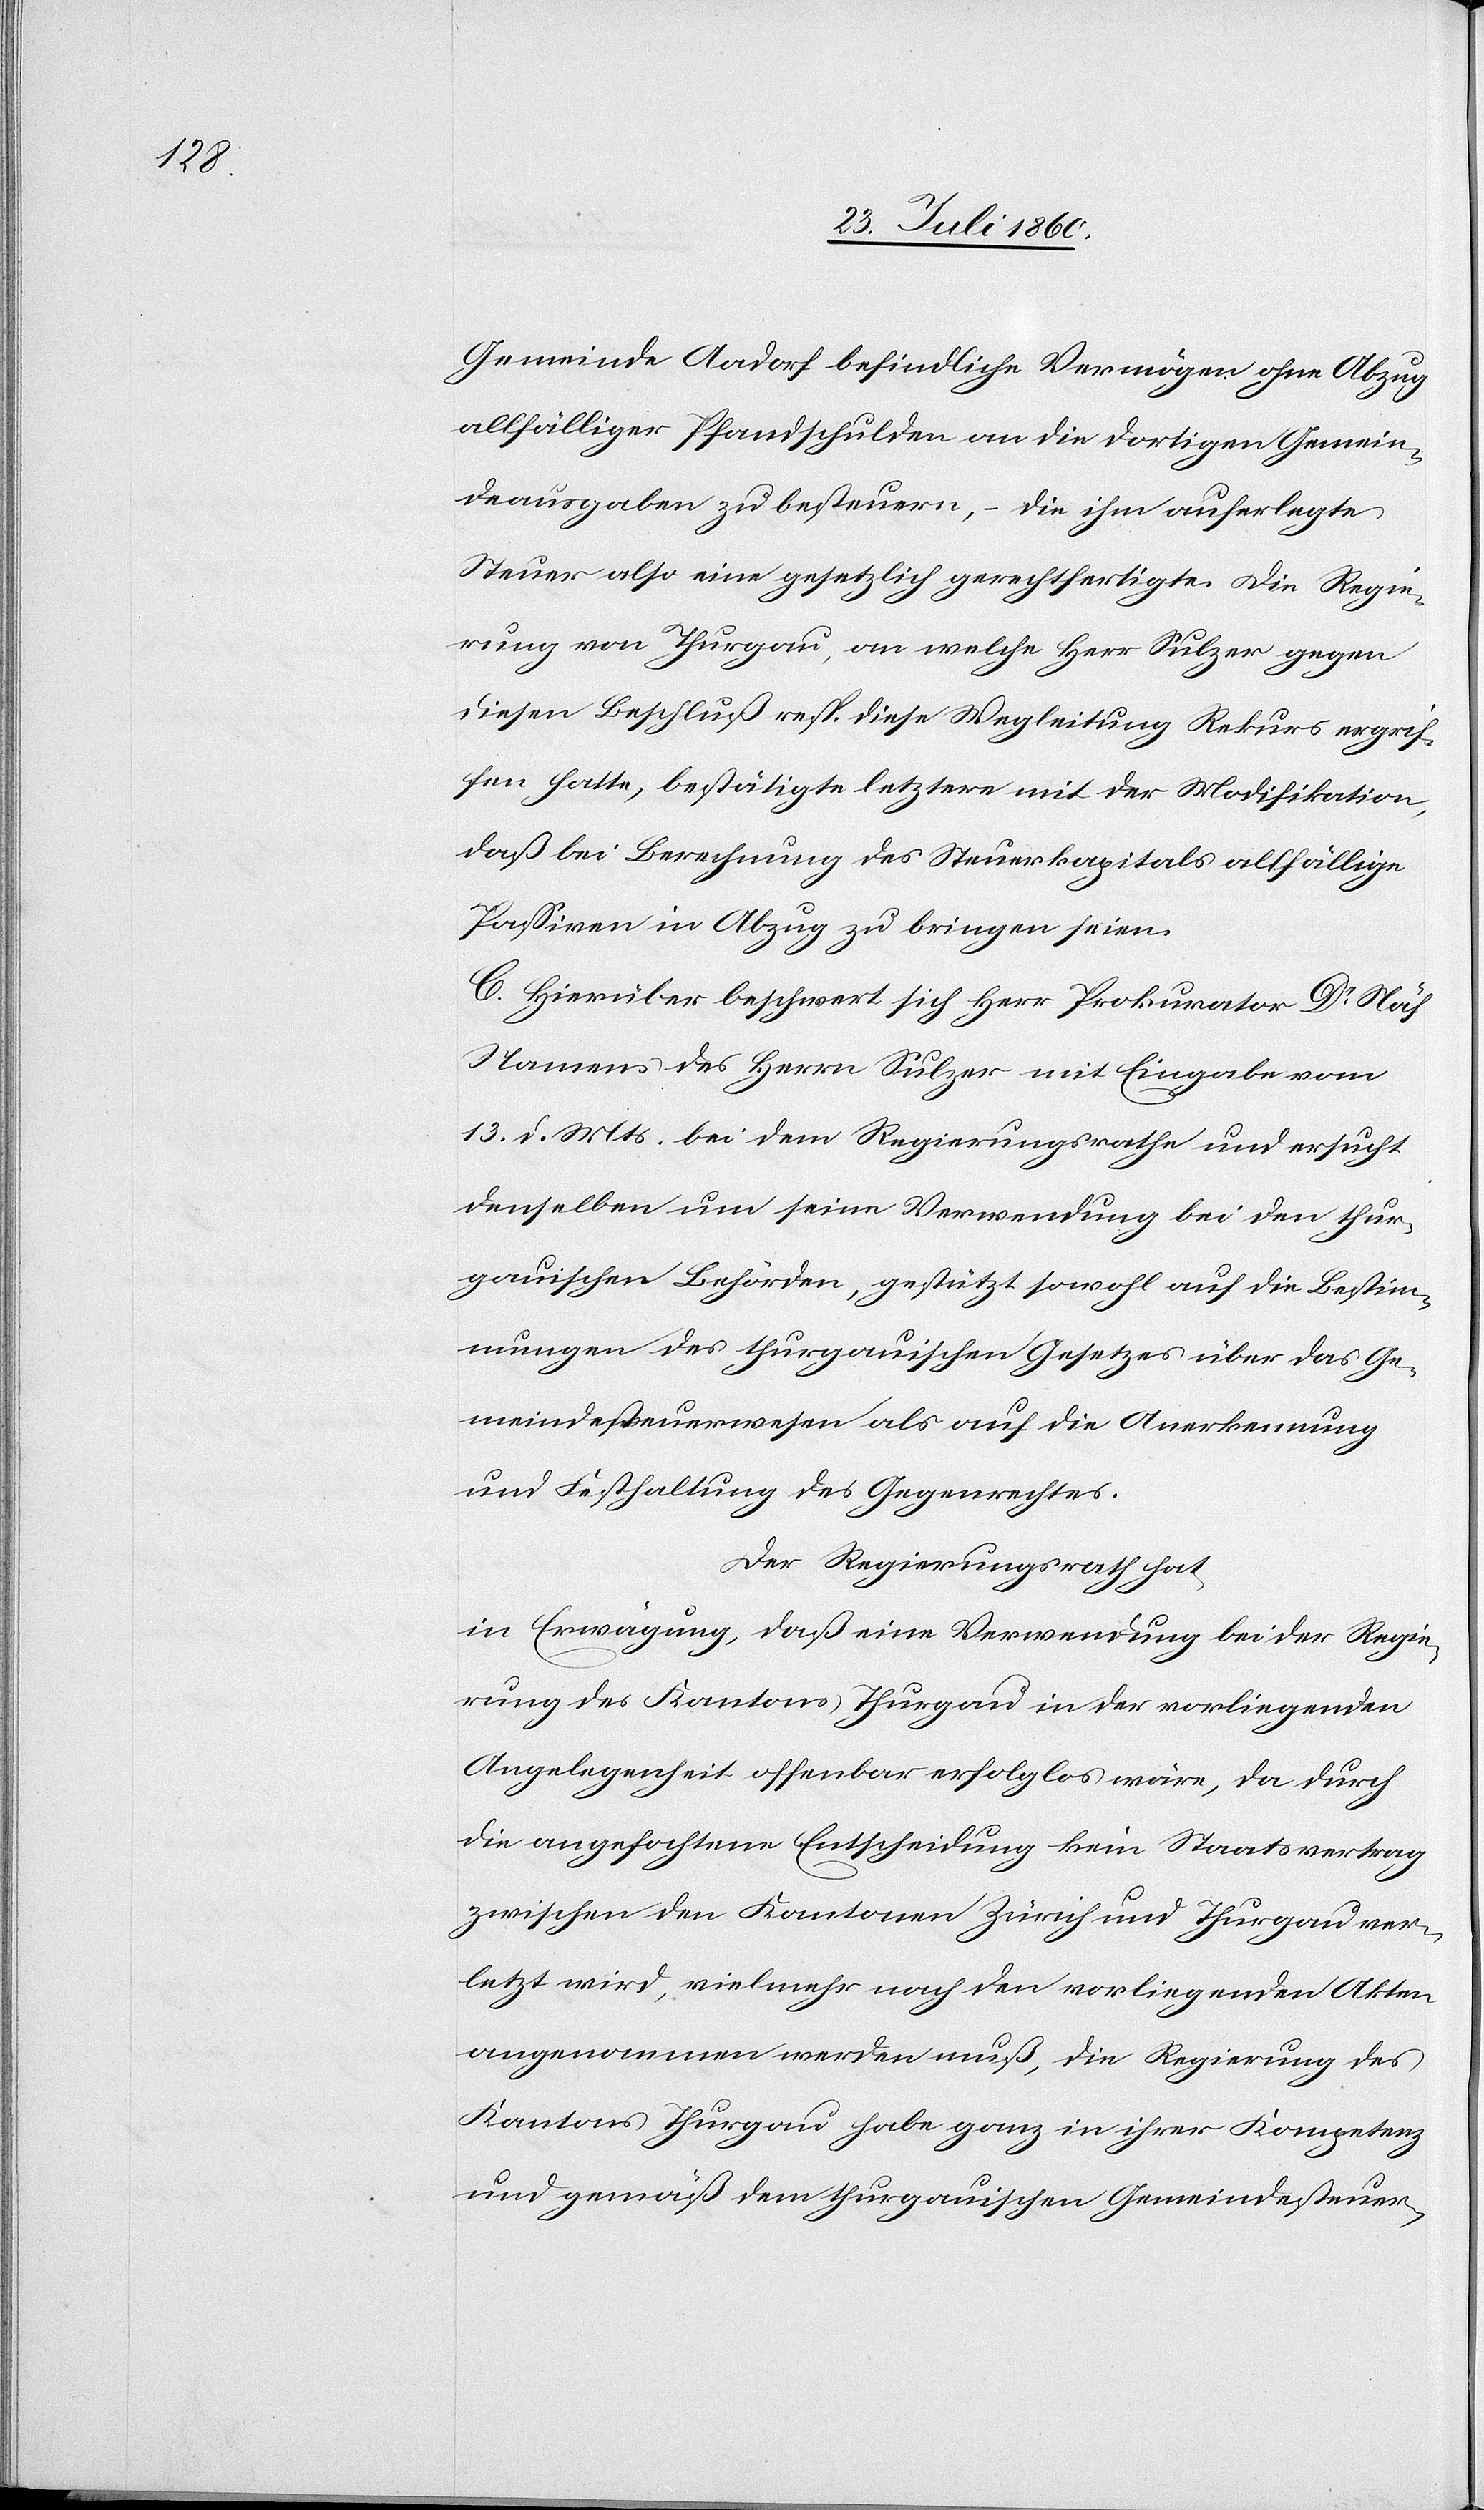
Gemeinde Aadorf befindliche Vermögen ohne Abzug
allfälliger Pfandschulden an die dortigen Gemein¬
deausgaben zu besteuern, die ihm auferlegte
Steuer als eine gesetzliche gerechtfertigte. Die Regie¬
rung von Thurgau, an welche Herr Sulzer gegen
diesen Beschluss resp. diese Wegleitung Rekurs ergrif¬
fen hatte, bestätigte letztere mit der Modifikation,
dass bei Berechnung des Steuerkapitals allfällige
Passiven in Abzug zu bringen seien.
C. Hierüber beschwert sich Herr Prokurator Dr Näf,
Namens des Herrn Sulzer mit Eingabe vom
13. d. Mts. bei dem Regierungsrathe und ersucht
denselben um seine Verwendung bei den thur¬
gauischen Behörden, gestützt sowohl auf die Bestim¬
mungen des thurgauischen Gesetzes über das Ge¬
meindesteuerwesen als auf die Anerkennung
und Feststellung des Gegenrechtes.
Der Regierungsrath hat,
in Erwägung, dass eine Verwendung bei der Regie¬
rung des Kantons Thurgau in der vorliegenden
Angelegenheit offenbar erfolglos wäre, da durch
die angefochtene Entscheidung kein Staatsvertrag
zwischen den Kantonen Zürich und Thurgau ver¬
letzt wird, vielmehr nach den vorliegenden Akten
angenommen werden muss, die Regierung des
Kantons Thurgau habe ganz in ihrer Kompetenz
und gemäss dem thurgauischen Gemeindesteuer-